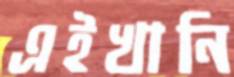
এইখানি